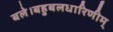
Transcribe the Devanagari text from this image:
बले।बहुबलधारिणीम्